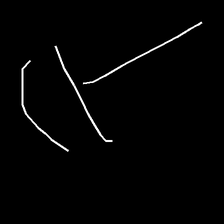
Glyph: dispersion